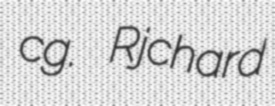
cg. Rjchard